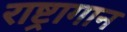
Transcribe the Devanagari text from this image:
राष्ट्रागान